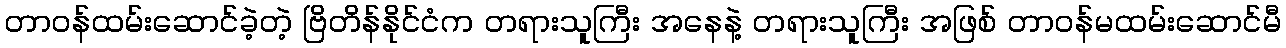
တာဝန်ထမ်းဆောင်ခဲ့တဲ့ ဗြိတိန်နိုင်ငံက တရားသူကြီး အနေနဲ့ တရားသူကြီး အဖြစ် တာဝန်မထမ်းဆောင်မီ